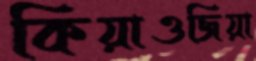
কিয়াওজিয়া